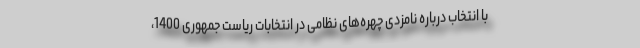
با انتخاب درباره نامزدی چهره‌های نظامی در انتخابات ریاست جمهوری 1400،